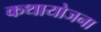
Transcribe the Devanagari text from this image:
कथायोजना